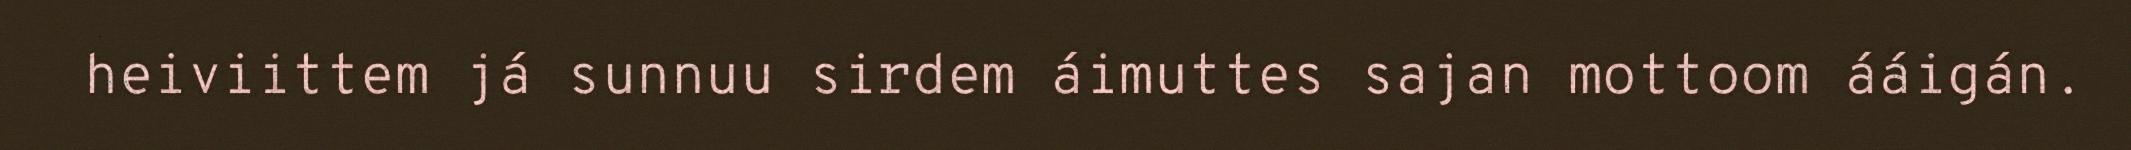
heiviittem já sunnuu sirdem áimuttes sajan mottoom ááigán.